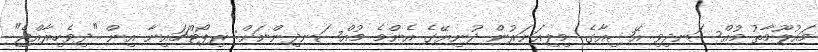
މައުލޫމާތު މުއްސަނދިވި އޭޝިއާގެ މިލިއަނަރުން ދުނިޔޭގެ އެންމެ މުއްސަނދިންނަށް: ރިޕޯޓްޗައިނާ އިން "ދިވެހިރާއްޖެ"